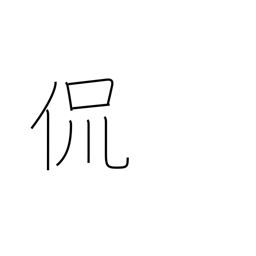
Meaning: just